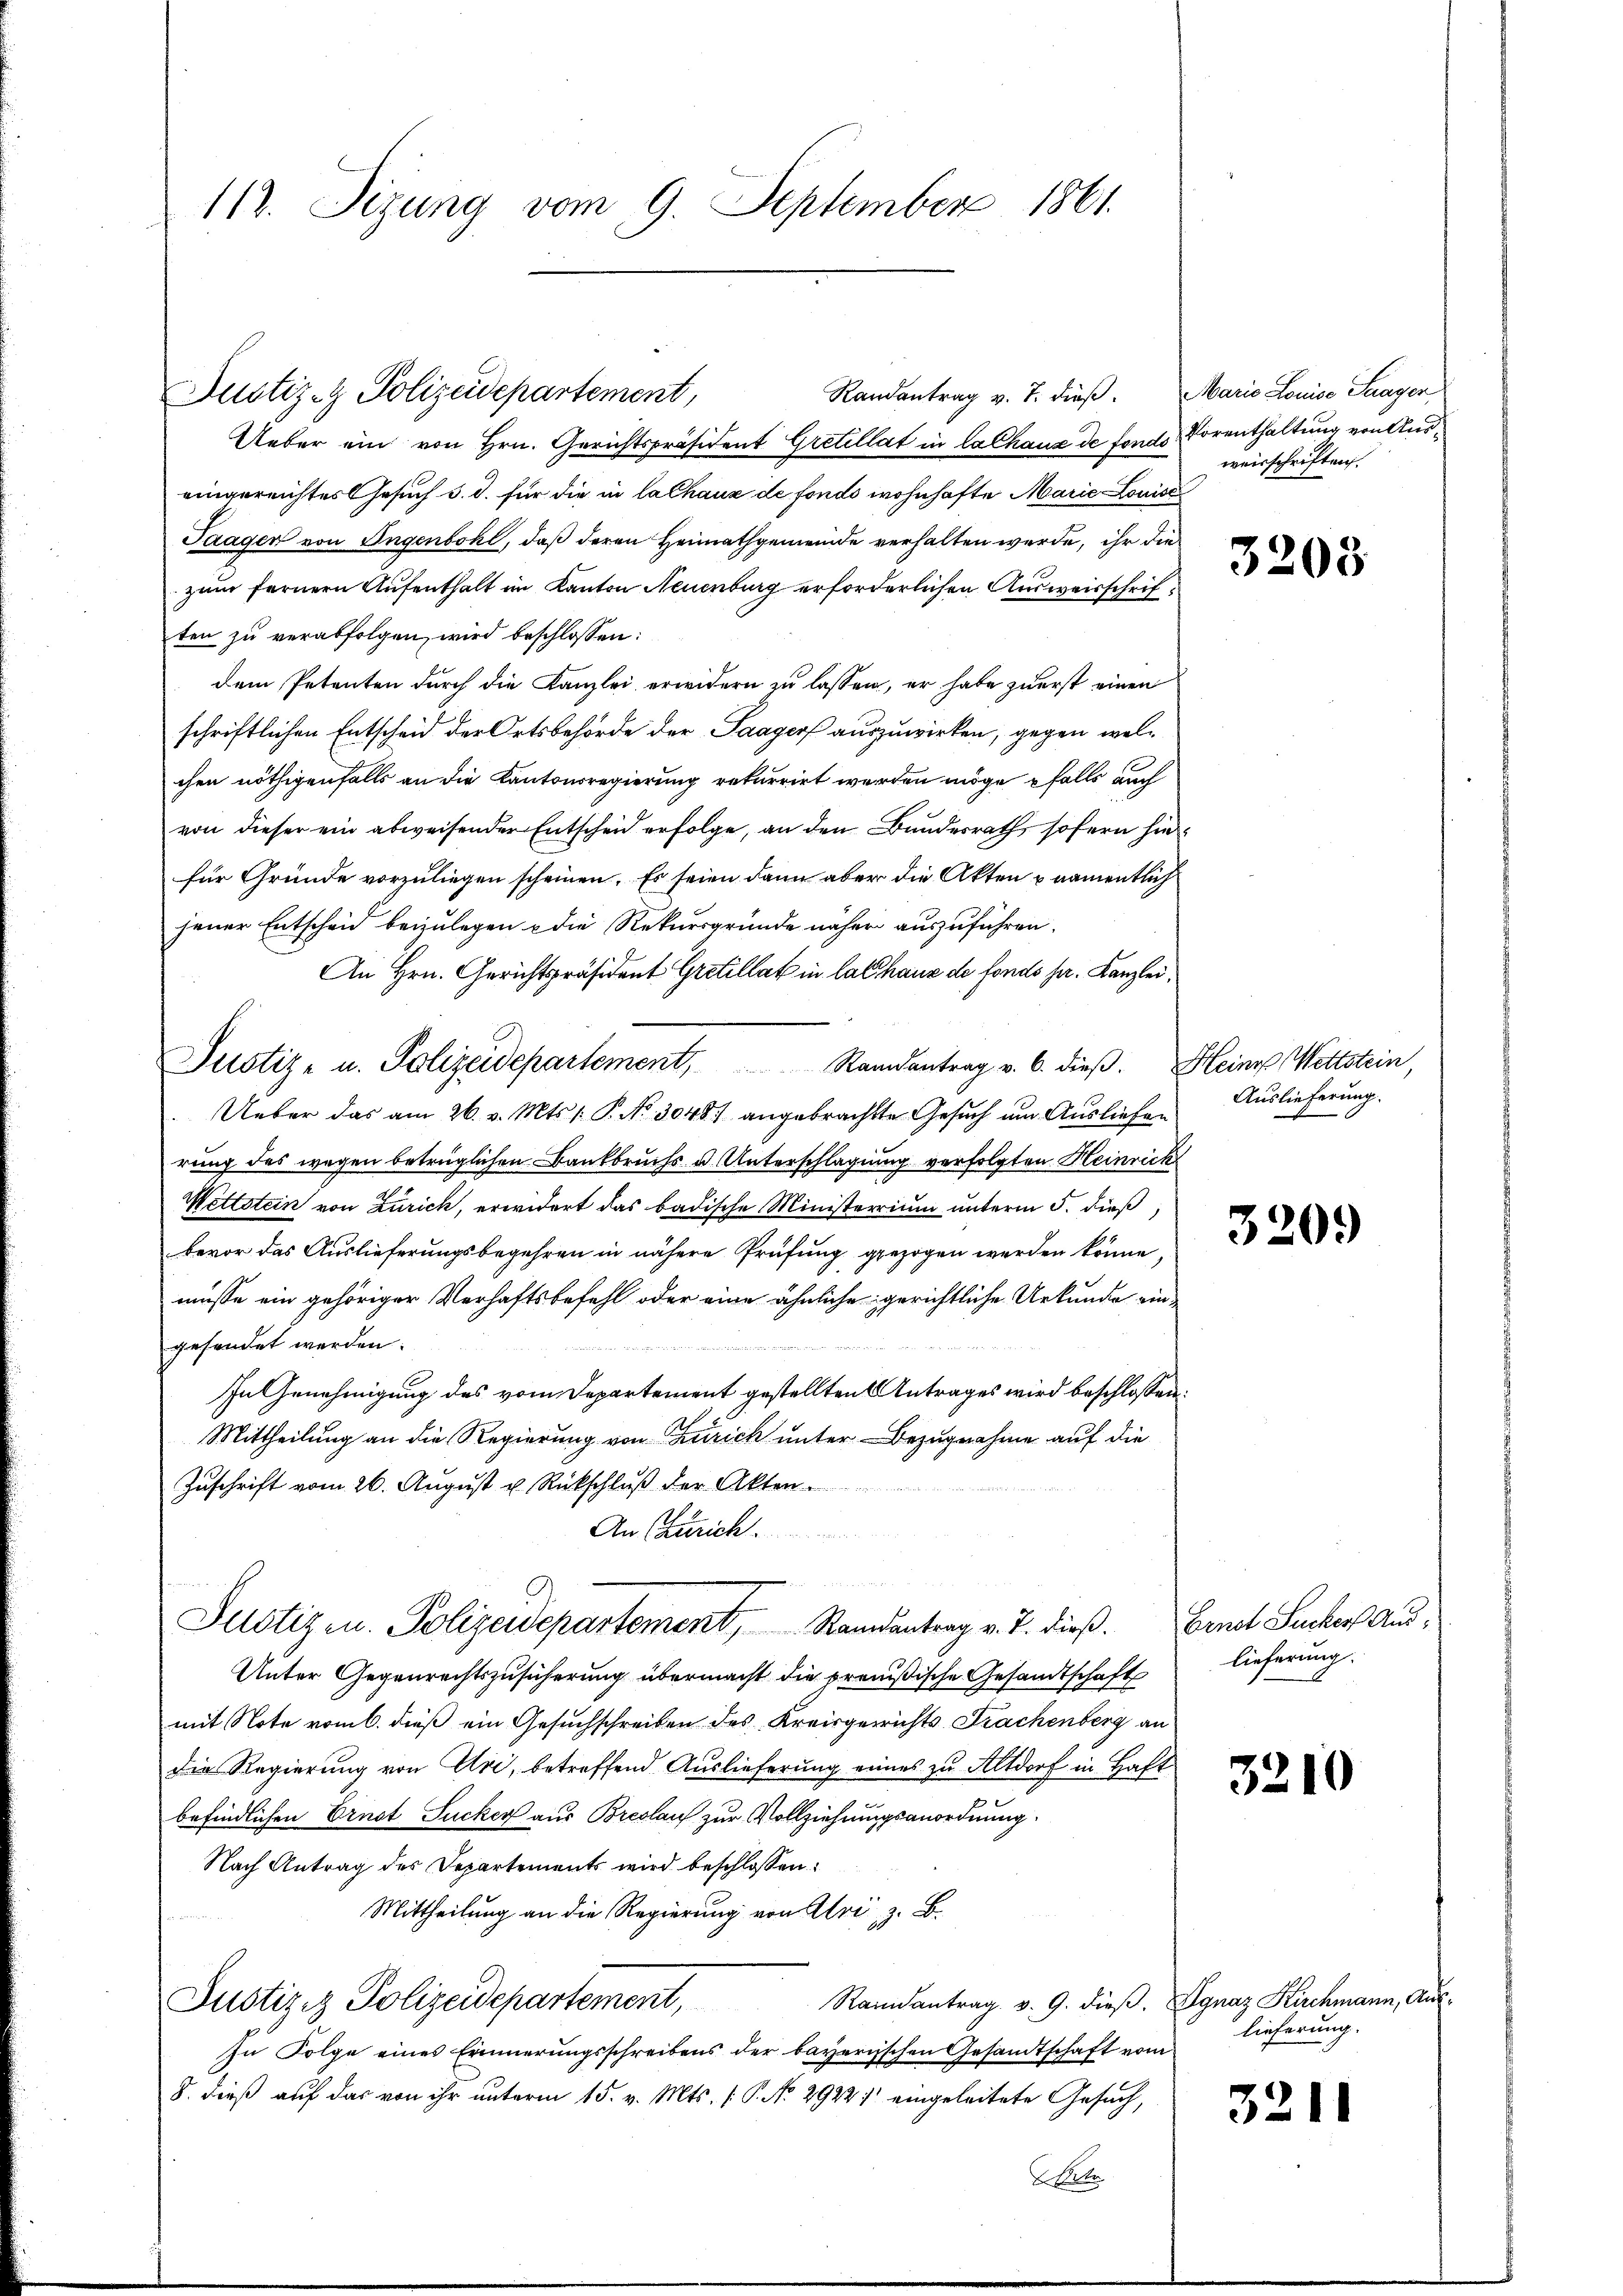
112. Sizung vom 9. September 1861.

Justiz- & Polizeidepartement,

Justiz- u. Polizeidepartement, Randantrag v. 6. dieβ.

Randantrag v. J. dieß.
Ueber ein von Hrn. Gerichtspräsident Gretellat in lalhaus de fon
eingereichtes Gesuch d. d. für die in la Chaux de fonds wohnhafte Marie Lon¬
Saagen von Ingenbohl, daß deren Heimathgemeinde verhalten werde, ihr
zum fernern Aufenthalt im Kanton Neuenburg erforderlichen Ausweisschriten zu verabfolgen, wird beschlossen:
dem Petenten durch die Kanzlei erwidern zu lassen, er habe zuerst einen
schriftlichen Entscheid der Ortsbehörde der Saagers auszuwirken, gegen wel
chen nöthigenfalls an die Kantonsregierung rekurrirt werden möge falls auch
von dieser ein abweisender Entscheid erfolge, an den Bundesrath, sofern
für Gründe vorzuliegen scheinen. Es seien dann aber die Akten & namentjener Entscheid beizulegen die Rekursgründe näher auszuführen.
An Hrn. Gerichtspräsident Gretillat in las haus de fonds ja. Kanzle
Ueber das am 26. v. Mts. /: P. Nr. 3048) angebrachte Gesuch um Ausliefe
rung des wegen betrüglichen Bankbruchs u. Unterschlagung verfolgten Heinre
Wettstein von Zürich, erwidert das badische Ministerrium unterm 5. dieß
bevor das Auslieferungsbegehren in nähere Prüfung gezogen werden könne
müsse ein gehöriger Verhaftsbefehl oder eine ähnliche gerichtliche Urkundegesondet werden.
In Genehmigung des vom Departement gestellten Antrages wird beschloß
Mittheilung an die Regierung von Zürich unter Bezugnahme auf die
Zuschrift vom 26. August u. Rückschluß der Akten
An Zürich.
Justizen Polizeidepartement, Randantrag v. J. dieß.
Unter Gegenrechtszusicherung übermacht die preußische Gesandtschaft
mit Note vom 6. dieß ein Gesuchschreiben des Kreisgerichts-Trachenberg a.
die Regierung von Uri, betreffend Auslieferung eines zu Altdorf in Ha
befindlichen Ernst Jucker aus Breslauf zur Vollziehungsanordnung
Nach Antrag des Departements wird beschlossen:
Mittheilung an die Regierung von Art z. B.
Raindantrag v. 9. dieß. Ignaz Kirchmann, An
Justiziz Polizeidepartement,
In Folge eines Erinnerungsschreibens der bayerischen Gesandtschaft vom
8. dieß auf das von ihr unterm 15. v. Mts. (T. No 2922 / eingeleitete Gesuch,

B. Pete

Marie Louise Saager
4. Vorenthaltung von Ausweisschriften.
de

ich
eit.
.
1
A.

¬

3203

Maire erstein,
Auslieferung.

3209

Ernst Sucker Auslieferung.

3210

lieferung.

3211